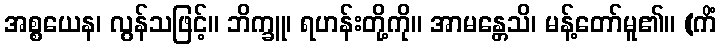
အစ္စယေန၊ လွန်သဖြင့်။ ဘိက္ခူ၊ ရဟန်းတို့ကို။ အာမန္တေသိ၊ မန့်တော်မူ၏။ (ကိံ